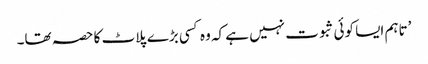
’تاہم ایسا کوئی ثبوت نہیں ہے کہ وہ کسی بڑے پلاٹ کا حصہ تھا۔